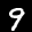
Label: 9